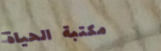
مكتبة الحياة